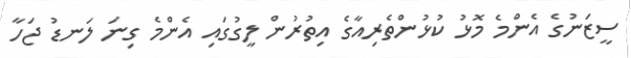
ސީޒަނުގެ އެންމެ މޮޅު ކުޅުންތެރިއާގެ އިތުރުން ލީގުގައި އެންމެ ގިނަ ލަނޑު ޖަހާ